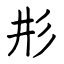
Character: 𢒈